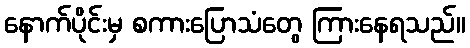
နောက်ပိုင်းမှ စကားပြောသံတွေ ကြားနေရသည်။